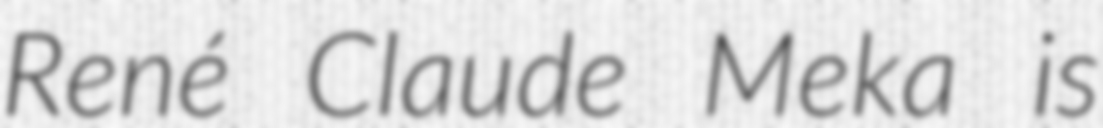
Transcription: René Claude Meka is